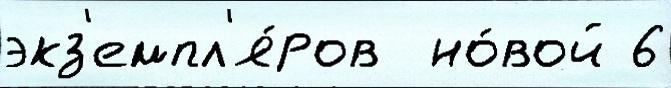
экз'емпл'я́ров  но́вой 6